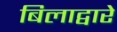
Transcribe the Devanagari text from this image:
बिलाद्वारे